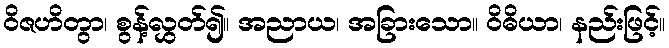
ဝိဇဟိတွာ၊ စွန့်လွှတ်၍။ အညာယ၊ အခြားသော။ ဝိဓိယာ၊ နည်းဖြင့်။